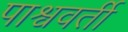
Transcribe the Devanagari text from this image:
पाश्ववर्ती